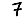
Digit: 7